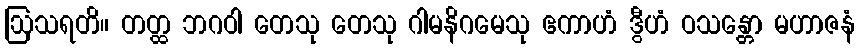
ဩသရတိ။ တတ္ထ ဘဂဝါ တေသု တေသု ဂါမနိဂမေသု ဧကာဟံ ဒွီဟံ ဝသန္တော မဟာဇနံ